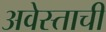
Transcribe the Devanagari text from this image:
अवेस्ताची